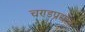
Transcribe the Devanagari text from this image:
चण्डप्रद्योत